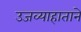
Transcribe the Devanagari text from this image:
उजव्याहाताने